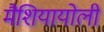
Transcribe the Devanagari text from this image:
मैशियायोली